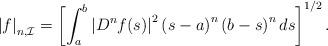
LaTeX: \begin{align*} \left| f \right|_{n,\mathcal{I}} = \left[\int_{a}^{b}\left| D^{n} f(s) \right|^{2}\left( s-a \right)^{n}\left( b-s \right)^{n}ds\right]^{1/2} .\end{align*}